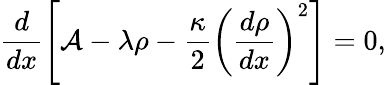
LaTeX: \frac{d}{dx}\left[\mathcal{A}-\lambda\rho-\frac{\kappa}{2}\left(\frac{d\rho}{dx}\right)^{2}\right]=0,